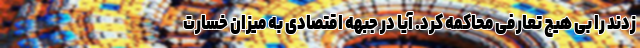
زدند را بی هیچ تعارفی محاکمه کرد. آیا در جبهه اقتصادی به میزان خسارت